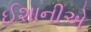
ઈશાનીએ